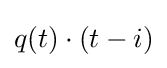
q(t)\cdot (t-i)